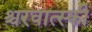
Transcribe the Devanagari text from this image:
श्चरवात्स्की